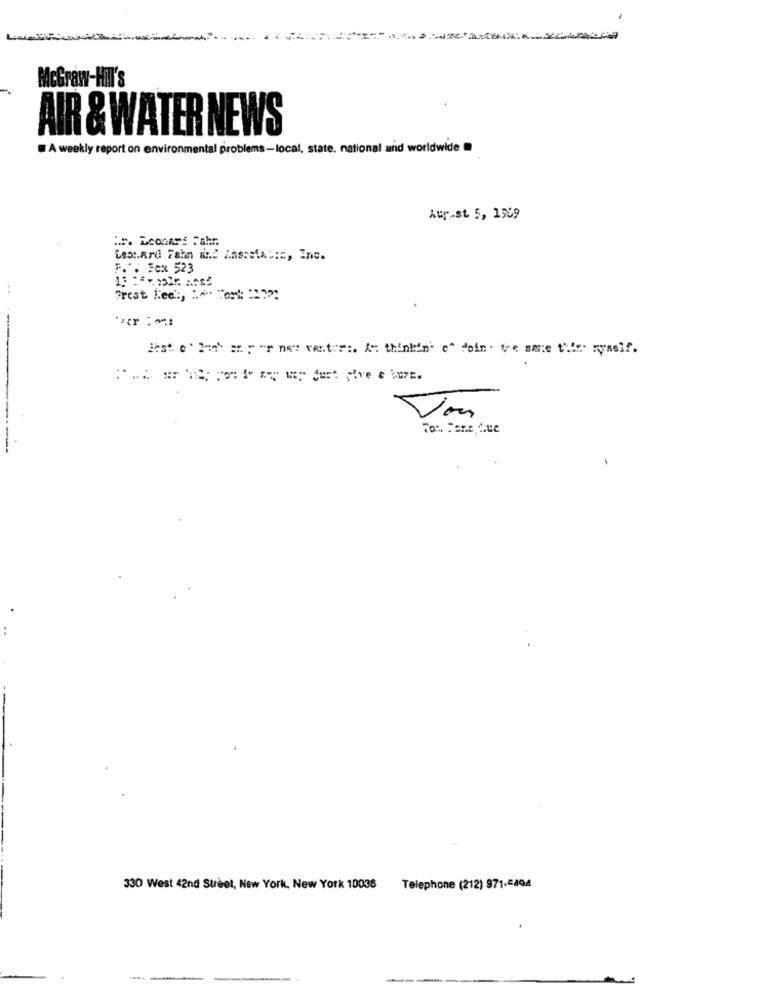
AIR & WATER NEWS
A weekly report on environmental problems-local, state. national and worldwide
Auf-st 5, 1509
Less.Ard Zahn med Ansmetalic, Inc.
F .: Fex 523
..
jest e' laat az r "r nes vent"" :. A: thinkin" o" foin . Ve sme this- ryssif.
Jou
330 West 42nd Street, New York, New York 10036
Telephone (212) 971.494
-----